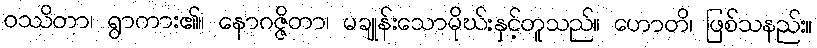
ဝဿိတာ၊ ရွာကား၏။ နောဂဇ္ဇိတာ၊ မချုန်းသောမိုဃ်းနှင့်တူသည်။ ဟောတိ၊ ဖြစ်သနည်း။